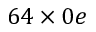
6 4 \times 0 e